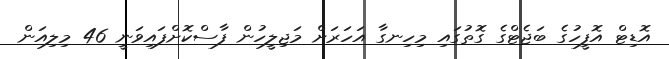
އޮޑިޓް އޮފީހުގެ ބަޖެޓްގެ ގޮތުގައި މިހިނގާ އަހަރަށް މަޖިލީހުން ފާސްކޮށްފައިވަނީ 46 މިލިއަން